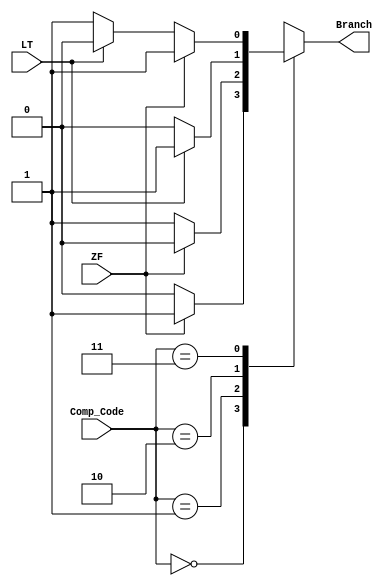
/********************************************************************************************************
/		MODULE: Branch_Logic
/		PURPOSE: Given the comparison code and the flags from the ALU determine if a branch should be taken or not
/
/		INPUTS: Comp_Code[1:0] - Comparison Codes
/					00 - Equal
/					01 - Not Equal
/					10 - Less Than
/					11 - Greater Than or Equal
/				ZF - Zero Flag
/				LT - Less Than Flag
/				
/		OUTPUTS: Branch - To branch or not, that is the question
********************************************************************************************************/
module Branch_Logic(Comp_Code, ZF, LT, Branch);

	input [1:0] 	Comp_Code;
	input 			ZF;
	input 			LT;
	
	output reg 		Branch;
	
	always @ (*) begin
		case(Comp_Code)
			2'h0: begin
				Branch = ZF ? 1'b1 : 1'b0;
			end
			
			2'h1: begin
				Branch = !ZF ? 1'b1 : 1'b0;
			end
			
			2'h2: begin
				Branch = LT ? 1'b1 : 1'b0;
			end
			
			2'h3: begin
				Branch = ZF ? 1'b1 : (!LT ? 1'b1 : 1'b0);
			end
		endcase
	end 

endmodule 

//Checked 3/22